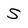
Character: S